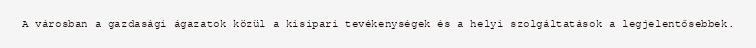
A városban a gazdasági ágazatok közül a kisipari tevékenységek és a helyi szolgáltatások a legjelentősebbek.